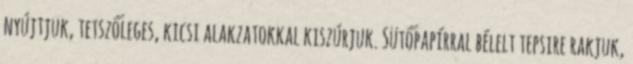
nyújtjuk, tetszőleges, kicsi alakzatokkal kiszúrjuk. Sütőpapírral bélelt tepsire rakjuk,